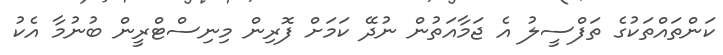
ކަންތައްތަކުގެ ތަފްސީލު އެ ޖަމާއަތުން ނުދޭ ކަމަށް ފޮރިން މިނިސްޓްރީން ބުނުމާ އެކު